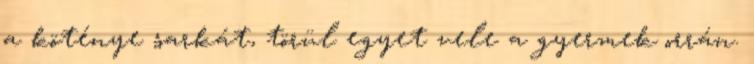
a köténye sarkát, törül egyet vele a gyermek orrán.